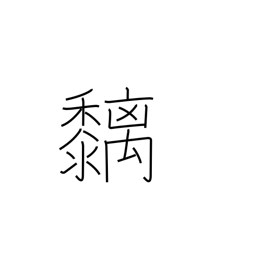
Meaning: bird-lime